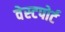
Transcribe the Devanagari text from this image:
वेस्‍टपोर्ट